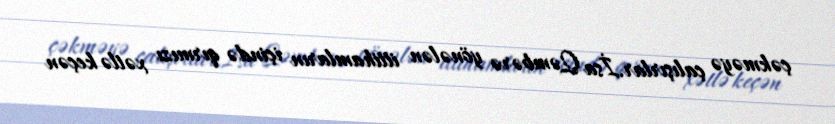
çəkməyə çalışırlar.İsa Qəmbərə yönələn ittihamların içində qırmızı xətlə keçən